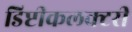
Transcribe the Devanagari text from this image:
डिप्टीकलक्टरी